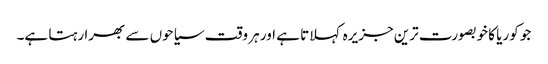
جو کوریا کا خوبصورت ترین جزیرہ کہلاتا ہے اور ہر وقت سیاحوں سے بھرا رہتا ہے۔